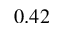
0 . 4 2